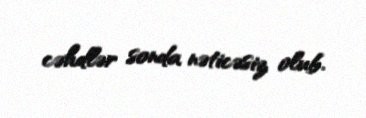
cəhdlər sonda nəticəsiz olub.